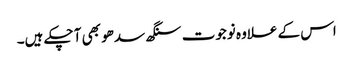
اس کے علاوہ نوجوت سنگھ سدھو بھی آ چکے ہیں۔